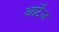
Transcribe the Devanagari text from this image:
आर्टेज